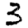
Digit: 3